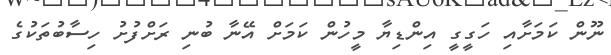
ނޫން ކަމަށާއި ހަގީގީ އިންޑިޔާ މީހުން ކަމަށް އޭނާ ބުނި ރަށްފުށު ހިސާބުތަކުގެ